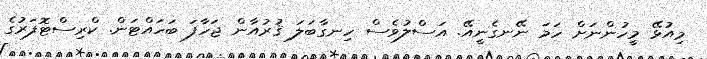
މިއުޅޭ މީހުންނަށް ހަމަ ނޭނގެނީއޭ. އަސްލުވެސް ހިނގާބަލަ ޤުރުއާން ޖަހާފަ ބަހައްޓަން. ކްރިސްޓޮފަރުގެ